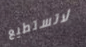
لاتستطيع